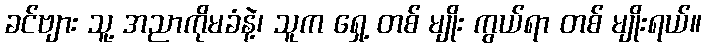
ခင်ဗျား သူ့ အညာကိုမခံနဲ့၊ သူက ရှေ့ တစ် မျိုး ကွယ်ရာ တစ် မျိုးရယ်။